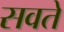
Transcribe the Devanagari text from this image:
सवते